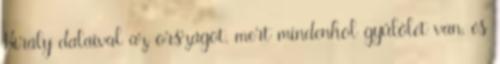
Király dalaival az országot, mert mindenhol gyűlölet van, és